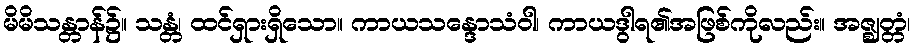
မိမိသန္တာန်၌။ သန္တံ၊ ထင်ရှားရှိသော။ ကာယသန္ဒောသံဝါ၊ ကာယဒွါရ၏အဖြစ်ကိုလည်း။ အဇ္ဈတ္တံ၊